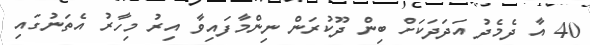
40 އާ ދެމެދު އަދަދަކަށް ބިން ދޫކުރަން ނިންމާފައިވާ އިރު މިހާރު އެތަނުގައި